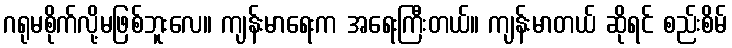
ဂရုမစိုက်လို့မဖြစ်ဘူးလေ။ ကျန်းမာရေးက အရေးကြီးတယ်။ ကျန်းမာတယ် ဆိုရင် စည်းစိမ်